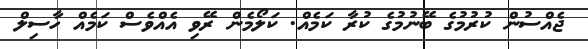
ޖެއްސުން ކުރުމުގެ ބޭނުމުގެ ކުރާ ކަމެއް. ކަލޯމެން ރޭވި އެއްވެސް ކަމެއް ހާސިލް